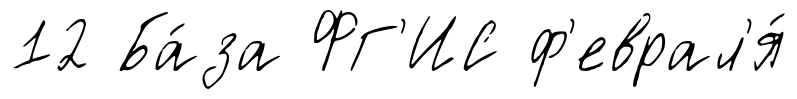
12 Ба́за ФГ'ИС ф'еврал'я́